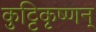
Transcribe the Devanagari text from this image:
कुट्टिकृष्णन्